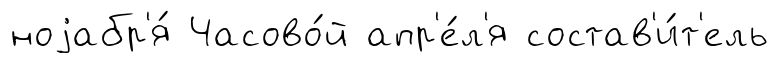
ноjабр'я́ Часово́й апр'е́л'я состав'и́т'ель